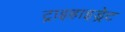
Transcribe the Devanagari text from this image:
ट्राइहाइड्रेट